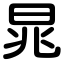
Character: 晁